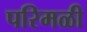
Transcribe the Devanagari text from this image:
परिमळी